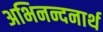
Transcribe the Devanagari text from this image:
अभिनन्दनार्थ